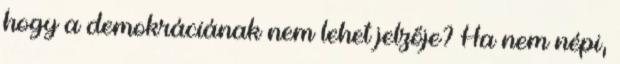
hogy a demokráciának nem lehet jelzője? Ha nem népi,